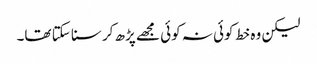
لیکن وہ خط کوئی نہ کوئی مجھے پڑھ کر سنا سکتا تھا۔